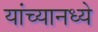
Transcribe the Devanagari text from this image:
यांच्यानध्ये